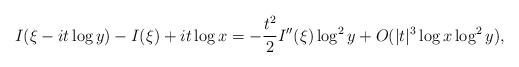
LaTeX: \begin{align*}I(\xi-it \log y)-I(\xi)+it \log x = -\frac{t^2}{2}I''(\xi)\log^2 y + O( |t|^3 \log x \log^2 y),\end{align*}